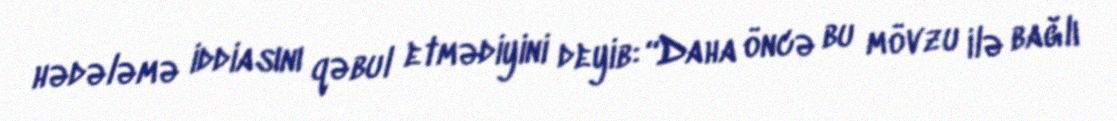
hədələmə iddiasını qəbul etmədiyini deyib: “Daha öncə bu mövzu ilə bağlı